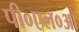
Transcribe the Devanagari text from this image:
पी०एल०ओ